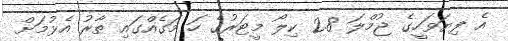
އެ ފިޔަވަހީގެ ޖުމްލަ 2.8 ކިލޯ މީޓަރުގެ ހަ މަގެއްގައި ތާރު އެޅުމަށް